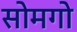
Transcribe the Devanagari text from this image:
सोमगो